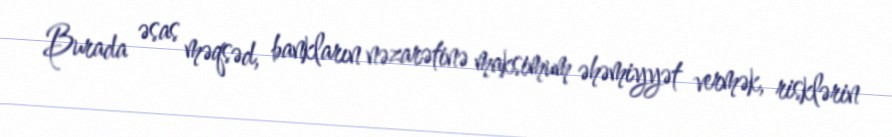
Burada əsas məqsəd, bankların nəzarətinə maksimum əhəmiyyət vermək, risklərin